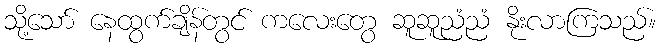
သို့သော် နေထွက်ချိန်တွင် ကလေးတွေ ဆူဆူညံညံ နိုးလာကြသည်။